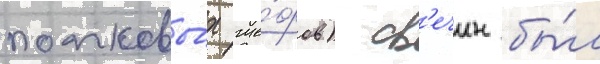
полковы́х ше́фов) св'ечин бы́л